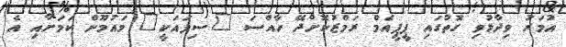
އުމަރު ވިދާޅުވި ގޮތުގައި ޕީޕީއެމް ރަމްޒުކޮށްދޭ ހާއްސަ "ސިފައަކީ" މައުމޫން ކަމަށާއި އެ